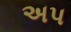
અપ